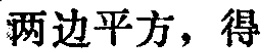
两边平方，得